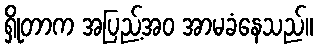
ရှိုတာက အပြည့်အဝ အာမခံနေသည်။